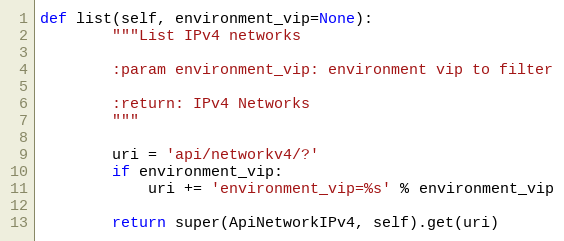
Language: Python
def list(self, environment_vip=None):
        """List IPv4 networks

        :param environment_vip: environment vip to filter

        :return: IPv4 Networks
        """

        uri = 'api/networkv4/?'
        if environment_vip:
            uri += 'environment_vip=%s' % environment_vip

        return super(ApiNetworkIPv4, self).get(uri)